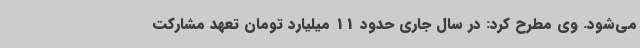
می‌شود. وی مطرح کرد: در سال جاری حدود 11 میلیارد تومان تعهد مشارکت